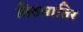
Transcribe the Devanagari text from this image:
तिरुवातिर